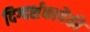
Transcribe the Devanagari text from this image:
दिग्दर्शकापैकी